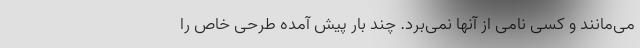
می‌مانند و کسی نامی از آنها نمی‌برد. چند بار پیش آمده طرحی خاص را